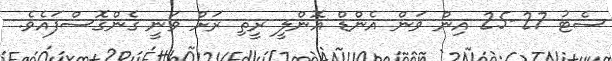
ސެޓު 27-25 އިން ވަން އެންޑް އޮންލީ ރީތި ރަށް ވަނީ ގެންގޮސްފައެވެ.